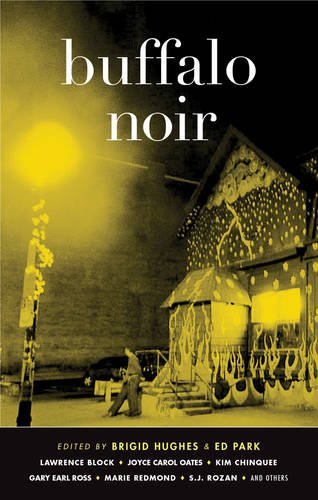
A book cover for Buffalo Noir (Akashic Noir); Mystery, Thriller & Suspense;